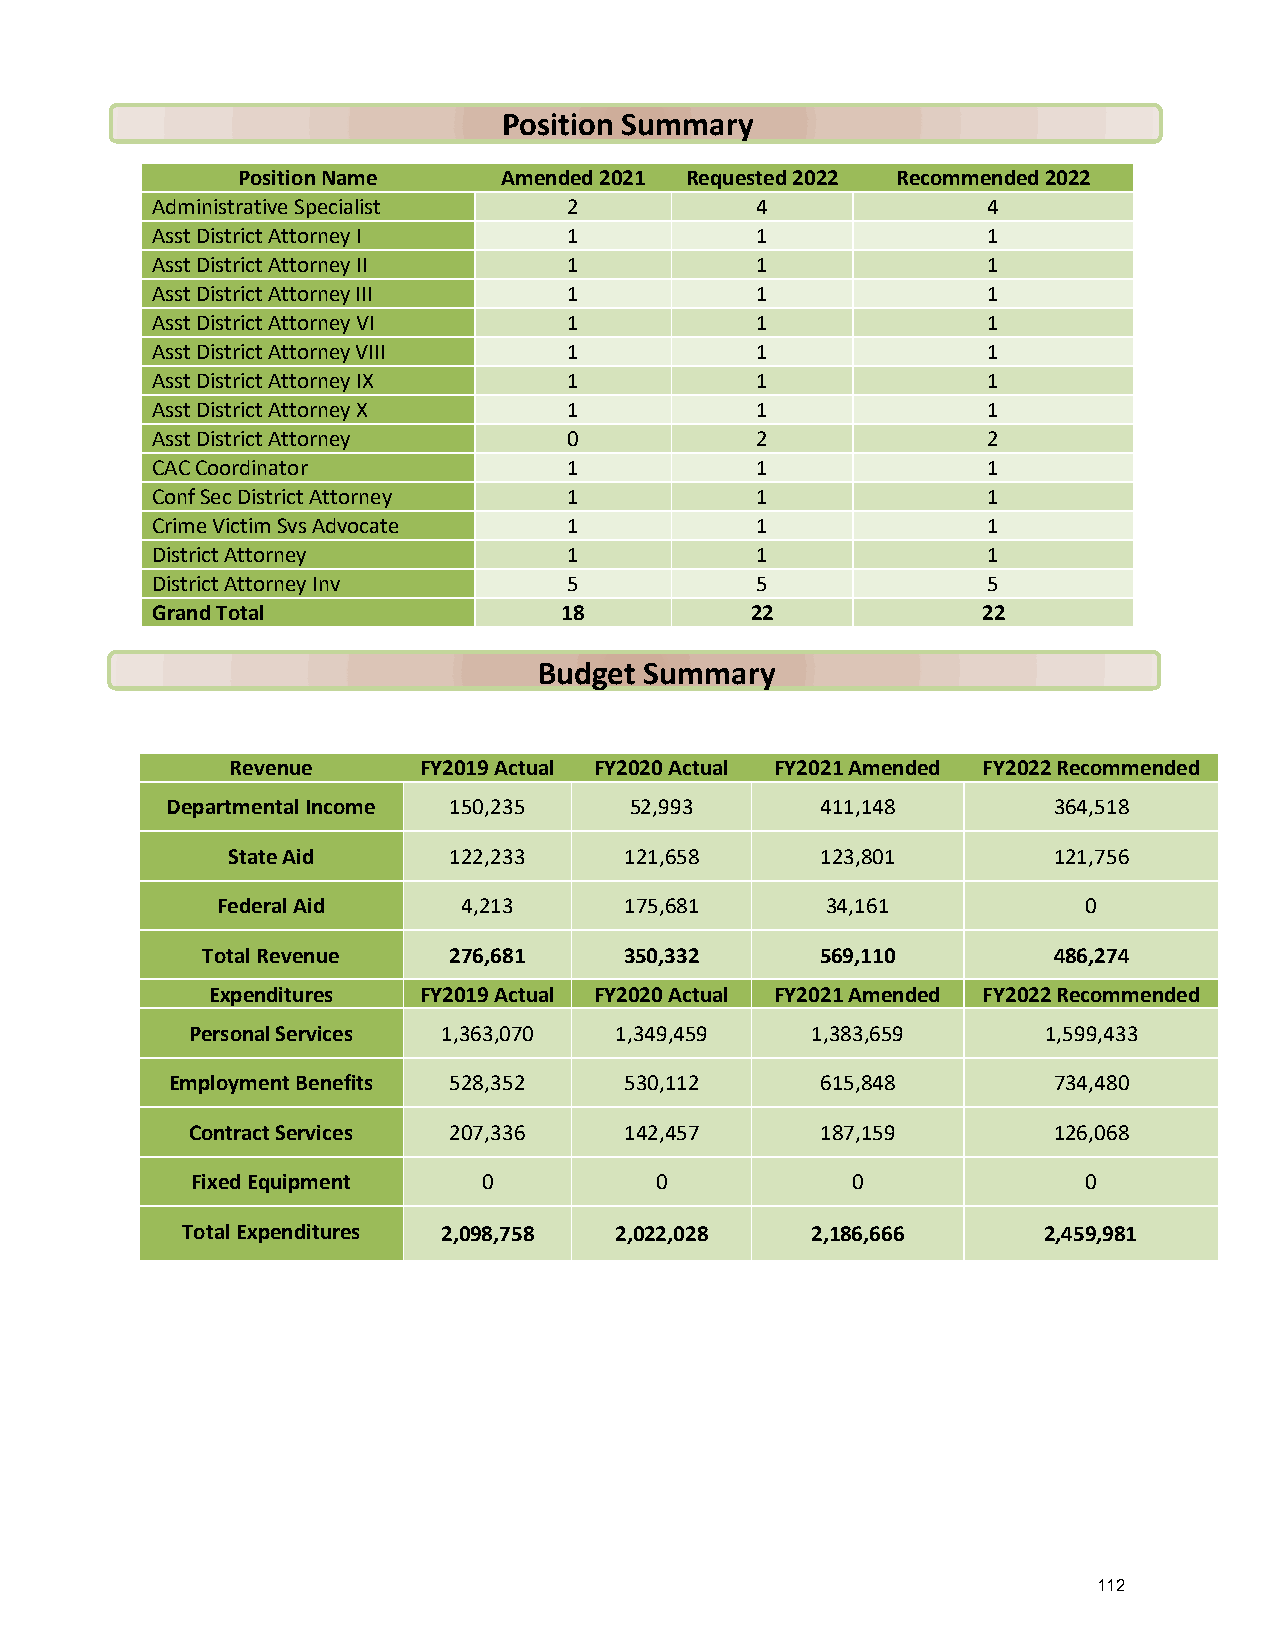
Position Summary
 Position Name    Amended 2021 Requested 2022 Recommended 2022
 Administrative Specialist   2           4              4
 Asst District Attorney I    1           1              1
 Asst District Attorney II   1           1              1
 Asst District Attorney III  1           1              1
 Asst District Attorney VI   1           1              1
 Asst District Attorney VIII 1           1              1
 Asst District Attorney IX   1           1              1
 Asst District Attorney X    1           1              1
 Asst District Attorney      0           2              2
 CAC Coordinator             1           1              1
 Conf Sec District Attorney  1           1              1
 Crime Victim Svs Advocate   1           1              1
 District Attorney           1           1              1
 District Attorney Inv       5           5              5
 Grand Total                18           22             22
 Budget Summary
 Revenue      FY2019 Actual FY2020 Actual FY2021 Amended FY2022 Recommended
 Departmental Income 150,235    52,993      411,148         364,518
 State Aid      122,233    121,658      123,801         121,756
 Federal Aid      4,213     175,681       34,161           0
 Total Revenue    276,681    350,332      569,110         486,274
 Expenditures  FY2019 Actual FY2020 Actual FY2021 Amended FY2022 Recommended
 Personal Services 1,363,070  1,349,459    1,383,659      1,599,433
 Employment Benefits 528,352   530,112      615,848         734,480
 Contract Services 207,336    142,457      187,159         126,068
 Fixed Equipment    0          0            0               0
 Total Expenditures 2,098,758 2,022,028    2,186,666      2,459,981
 112